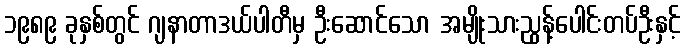
၁၉၈၉ ခုနှစ်တွင် ဂျနာတာဒယ်ပါတီမှ ဦးဆောင်သော အမျိုးသားညွန့်ပေါင်းတပ်ဦးနှင့်